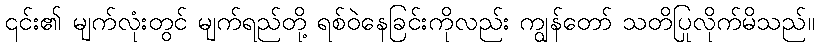
၎င်း၏ မျက်လုံးတွင် မျက်ရည်တို့ ရစ်ဝဲနေခြင်းကိုလည်း ကျွန်တော် သတိပြုလိုက်မိသည်။